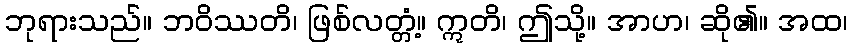
ဘုရားသည်။ ဘဝိဿတိ၊ ဖြစ်လတ္တံ့။ ဣတိ၊ ဤသို့။ အာဟ၊ ဆို၏။ အထ၊